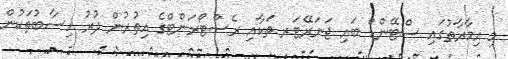
މި އިމާރާތުގައި ސްޓޭންޑް ބައި ޖަނަރޭޓަރ ތަކާއި ރެސްޓޯރަންޓްގެ އިތުރުން ދުރު ހިސާބުތަކުން